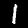
Label: 1